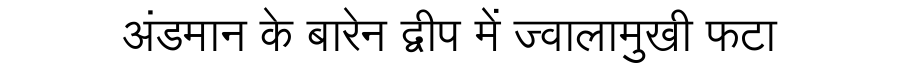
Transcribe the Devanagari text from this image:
अंडमान के बारेन द्वीप में ज्वालामुखी फटा